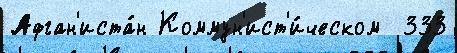
Афган'иста́н Коммун'ист'и́ческом  333